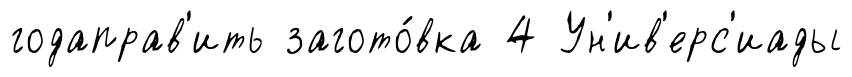
годаправ'ить загото́вка 4 Ун'ив'ерс'иады